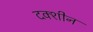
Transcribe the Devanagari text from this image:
दक्शीन